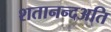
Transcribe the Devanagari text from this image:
शतानन्दअति